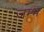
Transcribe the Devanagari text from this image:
जम्भ